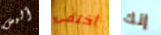
أليس أختفى إنك